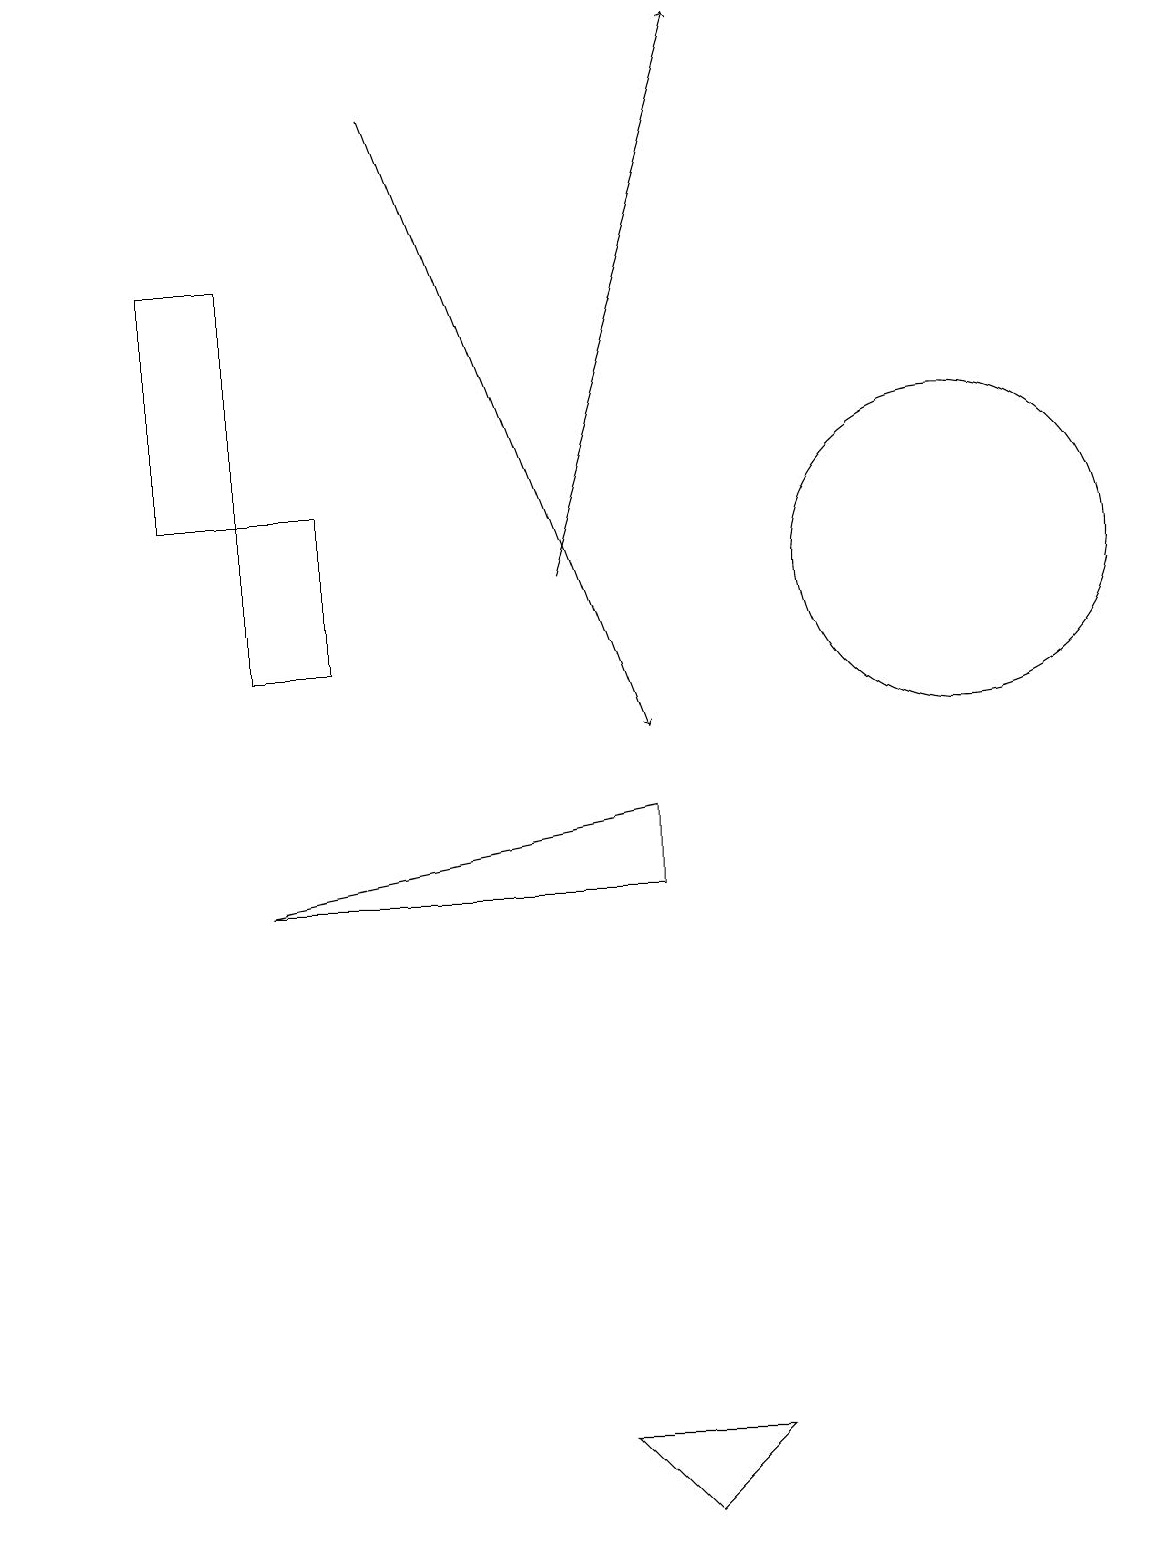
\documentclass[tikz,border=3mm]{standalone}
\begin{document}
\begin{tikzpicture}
\draw (3,8) -- (8,9) -- (8,8) -- cycle;
\draw[->] (0,15) -- (0,15);
\draw (9,1) -- (8,0) -- (7,1) -- cycle;
\draw (12,12) circle (2);
\draw (3,11) rectangle (4,13);
\draw[->] (5,18) -- (8,10);
\draw[->] (7,12) -- (9,19);
\draw (3,13) rectangle (2,16);
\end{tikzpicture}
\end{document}